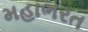
મહાભરત